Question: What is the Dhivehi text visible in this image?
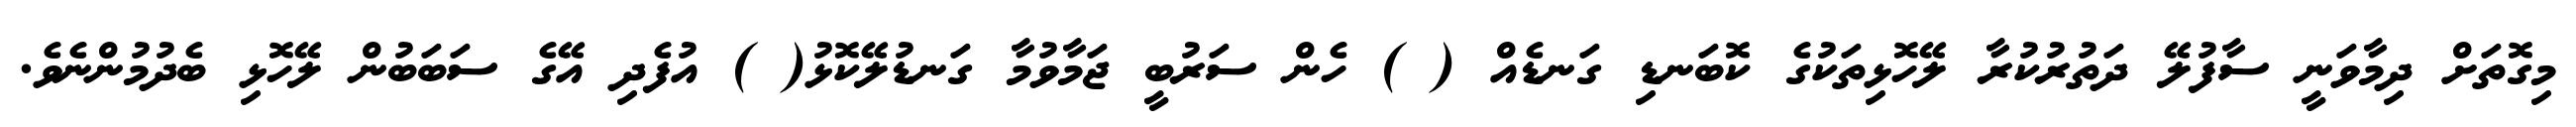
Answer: މިގޮތަށް ދިމާވަނީ ސާފުލޭ ދަތުރުކުރާ ލޭހޮޅިތަކުގެ ކޮބަނޑި ގަނޑެއް ( ) ހެން ސަރުބީ ޖަމާވުމާ ގަނޑުލޭކޮޅު( ) އުފެދި އޭގެ ސަބަބުން ލޭހޮޅި ބެދުމުންނެވެ.